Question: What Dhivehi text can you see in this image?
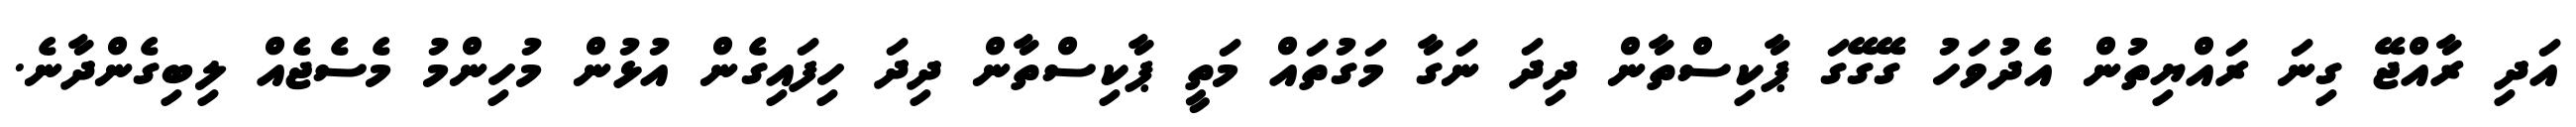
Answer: އަދި ރާއްޖޭ ގިނަ ރައްޔިތުން އެދުވަހު ގޭގޭގަ ޕާކިސްތާން ދިދަ ނަގާ މަގުތައް މަތީ ޕާކިސްތާން ދިދަ ހިފައިގެން އުޅުން މުހިންމު މެސެޖެއް ލިބިގެންދާނެ.